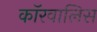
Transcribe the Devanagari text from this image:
कॉरवालिस